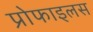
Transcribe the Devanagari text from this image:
प्रोफाइलस